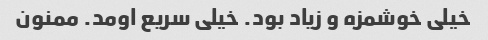
خیلی خوشمزه و زیاد بود. خیلی سریع اومد. ممنون